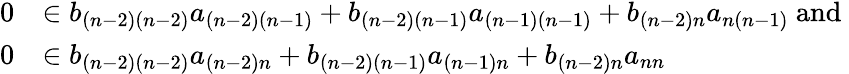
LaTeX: \begin{array}{rl}{0}&{\in b_{(n-2)(n-2)}a_{(n-2)(n-1)}+b_{(n-2)(n-1)}a_{(n-1)(n-1)}+b_{(n-2)n}a_{n(n-1)}\mathrm{~and~}}\\ {0}&{\in b_{(n-2)(n-2)}a_{(n-2)n}+b_{(n-2)(n-1)}a_{(n-1)n}+b_{(n-2)n}a_{nn}}\end{array}